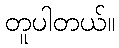
တူပါတယ်။